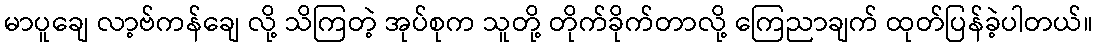
မာပူချေ လာ့ဗ်ကန်ချေ လို့ သိကြတဲ့ အုပ်စုက သူတို့ တိုက်ခိုက်တာလို့ ကြေညာချက် ထုတ်ပြန်ခဲ့ပါတယ်။